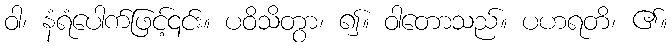
ဝါ၊ နံရံပေါက်ဖြင့်၎င်း။ ပဝိသိတွာ၊ ၍။ ဝါတောသည်။ ပဟရတိ၊ ၏။